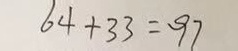
6 4 + 3 3 = 9 7